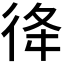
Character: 𢓤